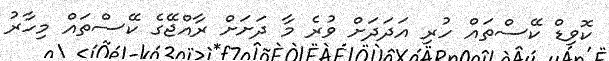
ކޮވިޑް ކޭސްތައް ހުރި އަދަދަށް ވުރެ މާ ދަށަށް ރާއްޖޭގެ ކޭސްތައް މިހާރު